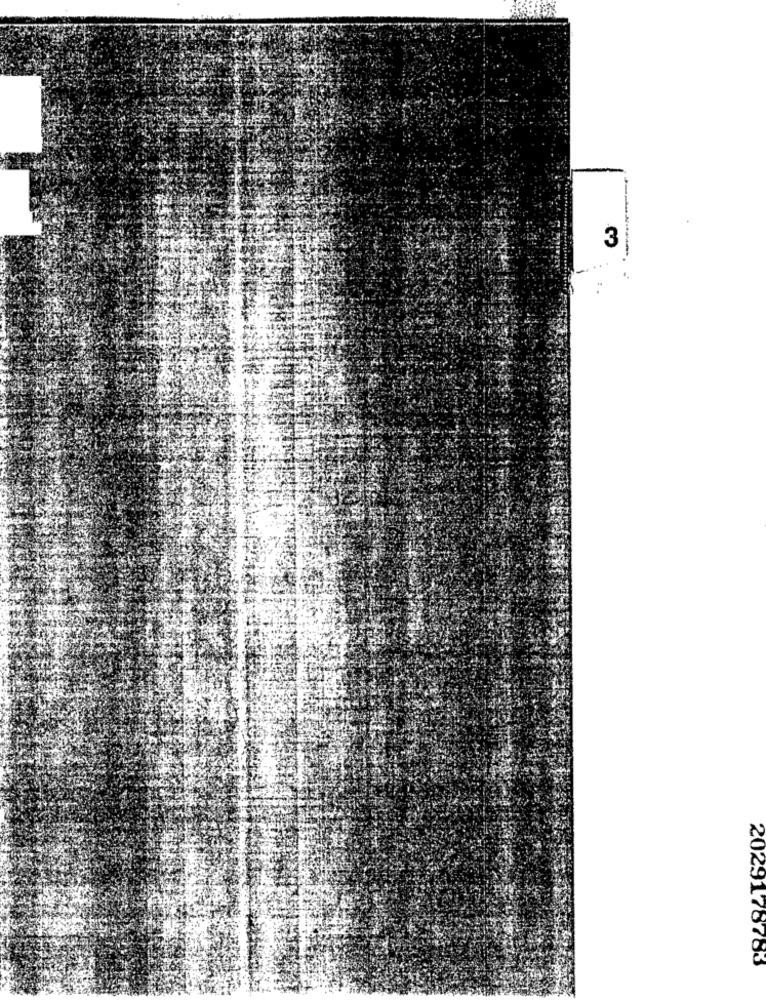
3
2029178783